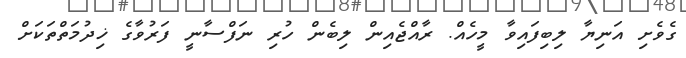
ގެވެށި އަނިޔާ ލިބިފައިވާ މީހެއް. ރާއްޖެއިން ލިބެން ހުރި ނަފްސާނީ ފަރުވާގެ ޚިދުމަތްތަކަށް